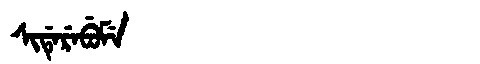
Manchu: ᠰᡳᡩᡝᡵᡝᠪᡠᠮᡝ
Romanization: SIDEREBUME